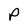
Character: p